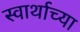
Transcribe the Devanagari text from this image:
स्वार्थाच्या